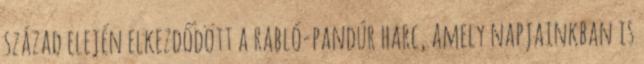
század elején elkezdődött a rabló-pandúr harc, amely napjainkban is